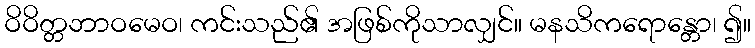
ဝိဝိတ္တဘာဝမေဝ၊ ကင်းသည်၏ အဖြစ်ကိုသာလျှင်။ မနသိကရောန္တော၊ ၍။